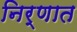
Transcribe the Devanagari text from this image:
निर्णात